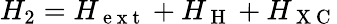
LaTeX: H_{2}=H_{\mathrm{~e~x~t~}}+H_{\mathrm{~H~}}+H_{\mathrm{~X~C~}}